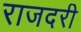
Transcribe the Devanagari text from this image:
राजदरी